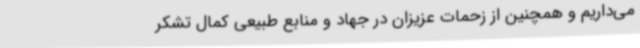
می‌داریم و همچنین از زحمات عزیزان در جهاد و منابع طبیعی کمال تشکر